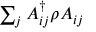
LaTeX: \textstyle \sum _ { j } A _ { i j } ^ { \dagger } \rho A _ { i j }